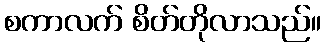
စကာလက် စိတ်တိုလာသည်။